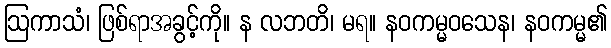
ဩကာသံ၊ ဖြစ်ရာအခွင့်ကို။ န လဘတိ၊ မရ။ နဝကမ္မဝသေန၊ နဝကမ္မ၏